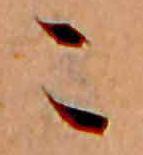
こ